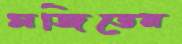
মজিতেন